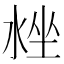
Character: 𣴳